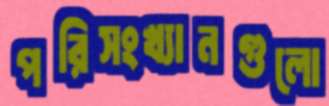
পরিসংখ্যানগুলো